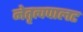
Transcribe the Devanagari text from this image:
नेतृत्वपालट